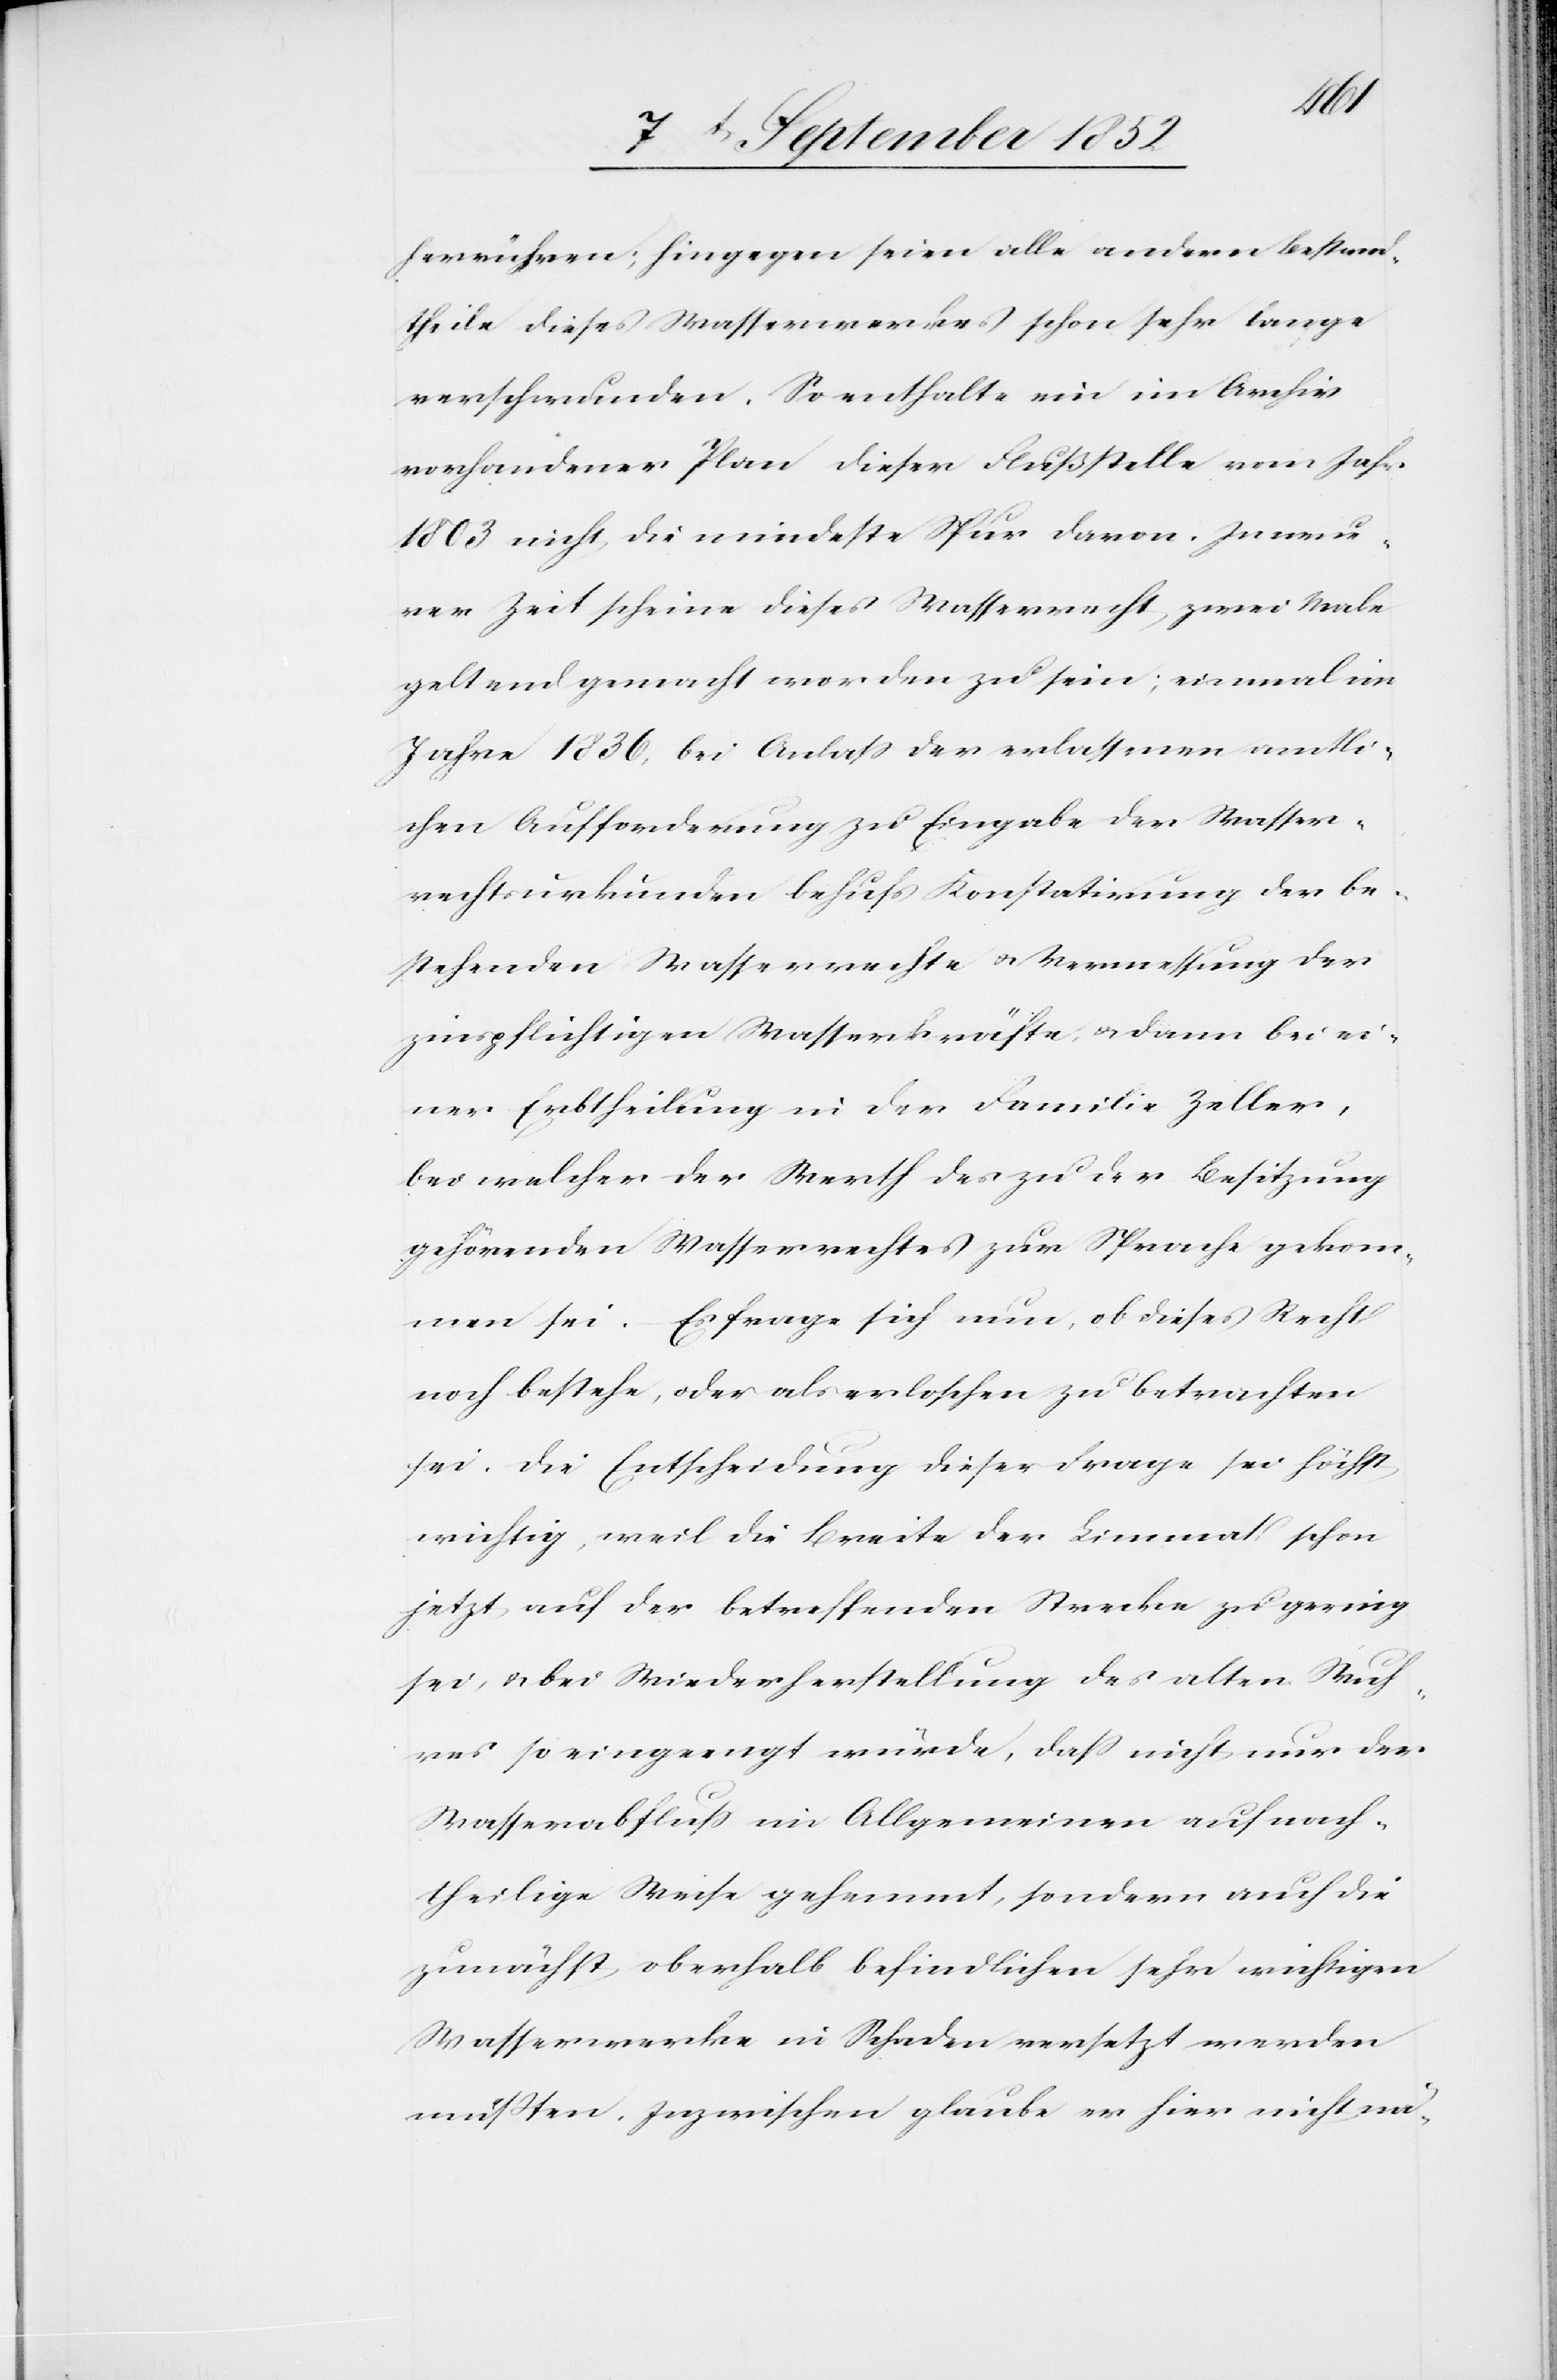
herrühren; hingegen seien alle andern Bestand¬
theile dieses Wasserwerkes schon sehr lange
verschwunden. So enthalte ein im Archiv
vorhandener Plan dieser Flußstelle vom Jahr
1803 nicht die mindeste Spur davon. In neue¬
rer Zeit scheine dieses Wasserrecht zwei Male
geltend gemacht worden zu sein; einmal im
Jahre 1836, bei Anlass der erlassenen amtli¬
chen Aufforderung zu Eingabe der Wasser¬
rechtsurkunden behufs Konstatirung der be¬
stehenden Wasserrechte & Vermessung der
zinspflichtigen Wasserkräfte; & dann bei ei¬
ner Erbtheilung in der Familie Zeller,
bei welcher der Werth des zu der Besitzung
gehörenden Wasserrechtes zur Sprache gekom¬
men sei. – Es frage sich nun, ob dieses Recht
noch bestehe, oder als erloschen zu betrachten
sei. Die Entscheidung dieser Frage sei höchst
wichtig, weil die Breite der Limmat schon
jetzt auf der betreffenden Strecke zu gering
sei, & bei Wiederherstellung des alten Wuh¬
res so eingeengt würde, dass nicht nur der
Wasserabfluß im Allgemeinen auf nach¬
theilige Weise gehemmt, sondern auch die
zunächst oberhalb befindlichen sehr wichtigen
Wasserwerke in Schaden versetzt werden
müßten. Inzwischen glaube er hier nicht nä-